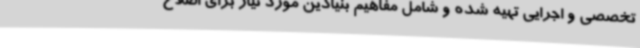
تخصصی و اجرایی تهیه شده و شامل مفاهیم بنیادین مورد نیاز برای اصلاح